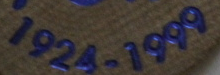
1924-1999